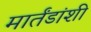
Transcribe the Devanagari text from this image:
मार्तंडांशी